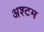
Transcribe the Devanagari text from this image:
अश्टम